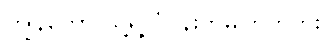
ကျွန်တော် သူ့ရဲ့ ပုံပန်းကိုမကြိုက်ဘူး။